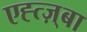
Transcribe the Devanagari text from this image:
एह्त्ज़्बा